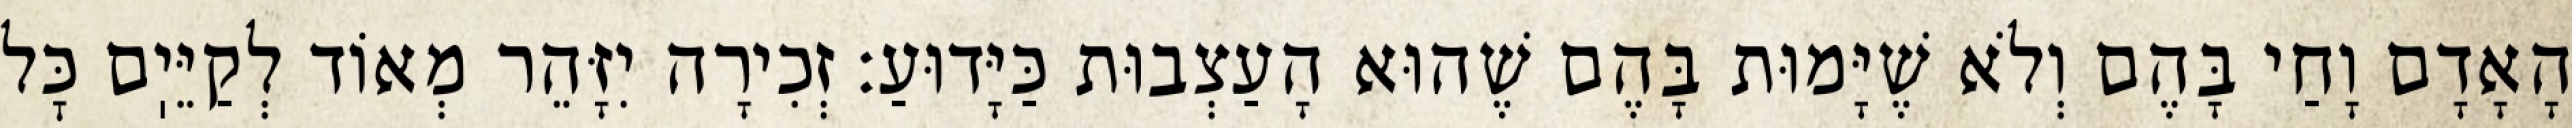
הָאָדָם וָחַי בָּהֶם וְלֹא שֶׁיָּמוּת בָּהֶם שֶׁהוּא הָעַצְבוּת כַּיָּדוּעַ: זְכִירָה יִזָּהֵר מְאוֹד לְקַיֵּיֽם כׇּל